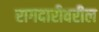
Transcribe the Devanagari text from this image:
रागदारीवरील